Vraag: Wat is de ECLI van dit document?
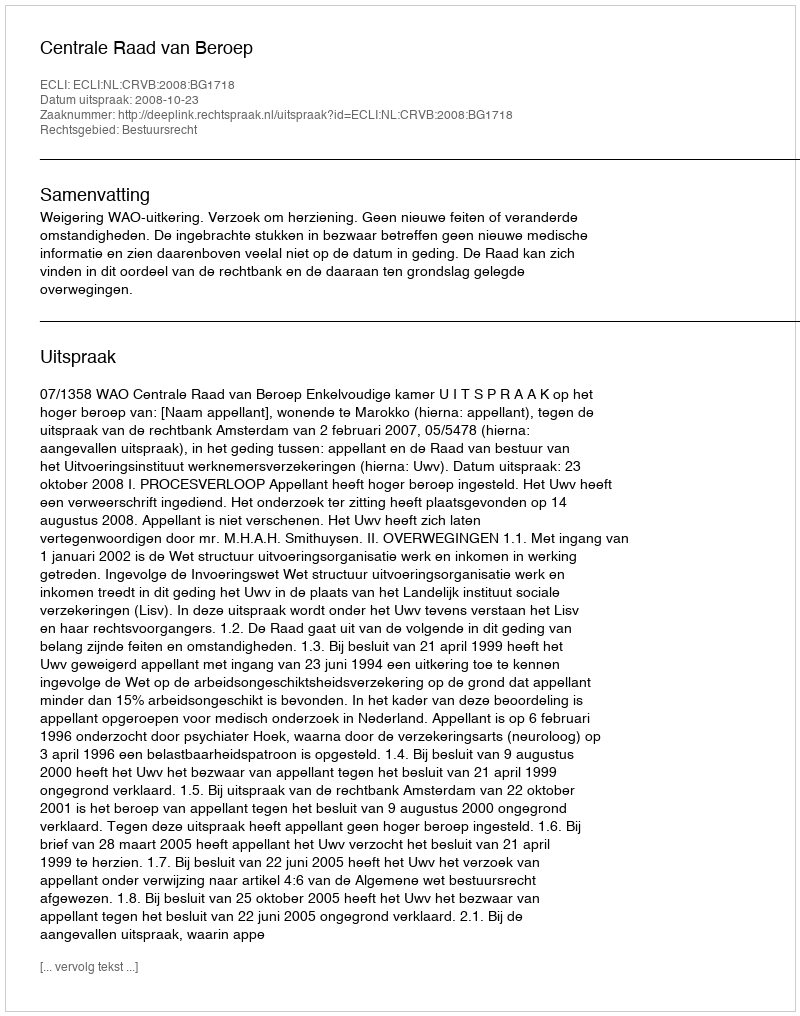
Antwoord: ECLI:NL:CRVB:2008:BG1718